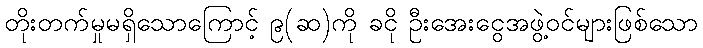
တိုးတက်မှုမရှိသောကြောင့် ၉(ဆ)ကို ခငို ဦးအေးငွေအဖွဲ့ဝင်များဖြစ်သော